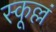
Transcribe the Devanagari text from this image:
स्कूल्लं